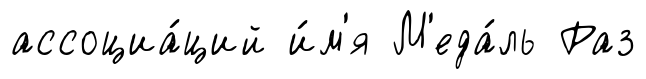
ассоциа́ций и́м'я М'еда́ль Раз